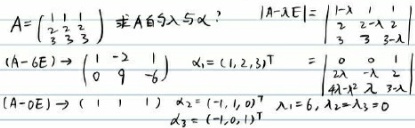
\[
\begin{align*}
A&=\begin{pmatrix}
1&1&1\\
\frac{1}{3}&\frac{1}{3}&\frac{1}{3}\\
\frac{2}{3}&\frac{2}{3}&\frac{2}{3}
\end{pmatrix}\ 求A的\lambda与\xi？\quad|A - \lambda E|=\begin{vmatrix}
1-\lambda&1&1\\
\frac{1}{3}&\frac{1}{3}-\lambda&\frac{1}{3}\\
\frac{2}{3}&\frac{2}{3}&\frac{2}{3}-\lambda
\end{vmatrix}\\
(A - 6E)&\to\begin{pmatrix}
1&-2&1\\
0&9&-6
\end{pmatrix}\quad\xi_1=(1,2,3)^T\\
(A - 0E)&\to(1\ 1\ 1)\quad\xi_2=(-1,1,0)^T,\ \xi_3=(-1,0,1)^T\quad\lambda_1 = 6,\ \lambda_2=\lambda_3 = 0
\end{align*}
\]